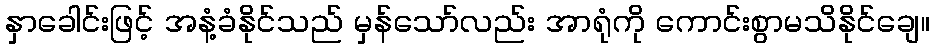
နှာခေါင်းဖြင့် အနံ့ခံနိုင်သည် မှန်သော်လည်း အာရုံကို ကောင်းစွာမသိနိုင်ချေ။